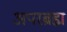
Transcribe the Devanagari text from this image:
अपरब्रह्म